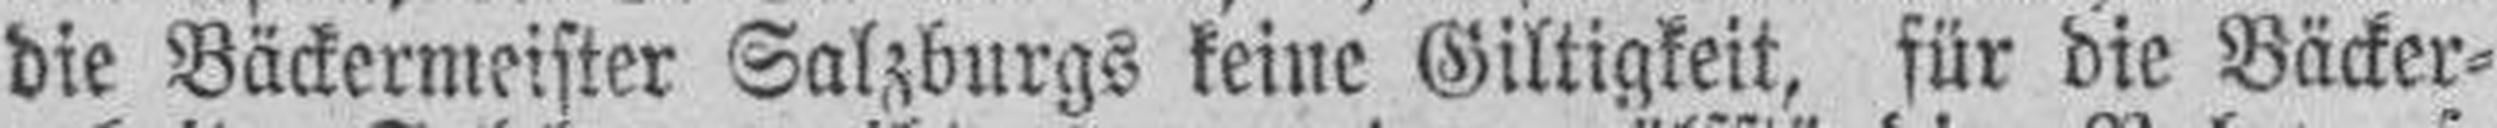
die Bäckermeister Salzburgs keine Giltigkeit, für die Bäcker¬